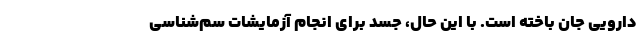
دارویی جان باخته است. با این حال، جسد برای انجام آزمایشات سم‌شناسی